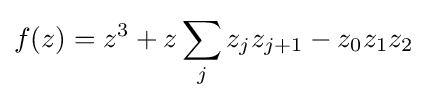
f(z)=z^{3}+z\sum _{j}z_{j}z_{j+1}-z_{0}z_{1}z_{2}